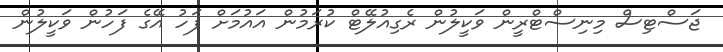
ޖަސްޓިސް މިނިސްޓްރީން ވަކީލުން ރެގިއުލޭޓް ކުރަމުން އައުމަށް ފަހު އޭގެ ފަހުން ވަކީލުން